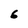
Character: 6